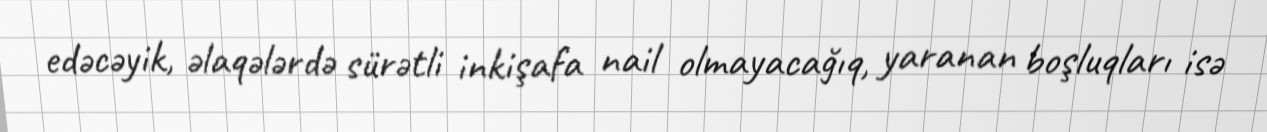
edəcəyik, əlaqələrdə sürətli inkişafa nail olmayacağıq, yaranan boşluqları isə